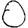
Digit: 0